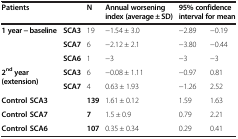
| <COLSPAN=2> Patients | N | Annual worsening index (average ± SD) | <COLSPAN=2> 95% confidence interval for mean |
 | --- | --- | --- | --- | --- | --- |
 | <ROWSPAN=3> 1 year − baseline | SCA3 | 19 | −1.54 ± 3.0 | −2.89 | −0.19 |
 | SCA7 | 6 | −2.12 ± 2.1 | −3.80 | −0.44 |
 | SCA6 | 1 | −3 | −3 | −3 |
 | <ROWSPAN=2> 2ndyear (extension) | SCA3 | 6 | −0.08 ± 1.11 | −0.97 | 0.81 |
 | SCA7 | 4 | 0.63 ± 1.93 | −1.26 | 2.52 |
 | <COLSPAN=2> Control SCA3 | 139 | 1.61 ± 0.12 | 1.59 | 1.63 |
 | <COLSPAN=2> Control SCA7 | 7 | 1.5 ± 0.9 | 0.79 | 2.21 |
 | <COLSPAN=2> Control SCA6 | 107 | 0.35 ± 0.34 | 0.29 | 0.41 |